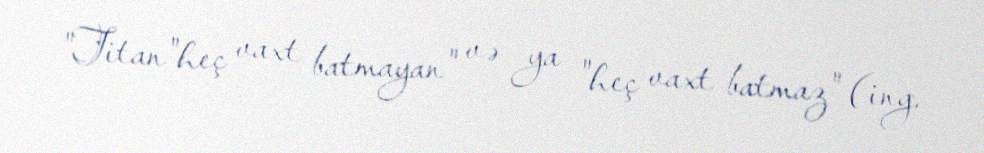
"Titan"heç vaxt batmayan" və ya "heç vaxt batmaz" (ing.